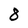
Character: 8